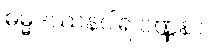
ဓမ္မဒဿနဝါရ ဝဏ္ဏနာ